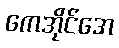
ကေအိုင်အေ